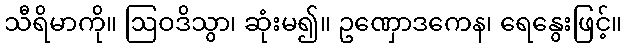
သီရိမာကို။ ဩဝဒိသွာ၊ ဆုံးမ၍။ ဥဏှောဒကေန၊ ရေနွေးဖြင့်။